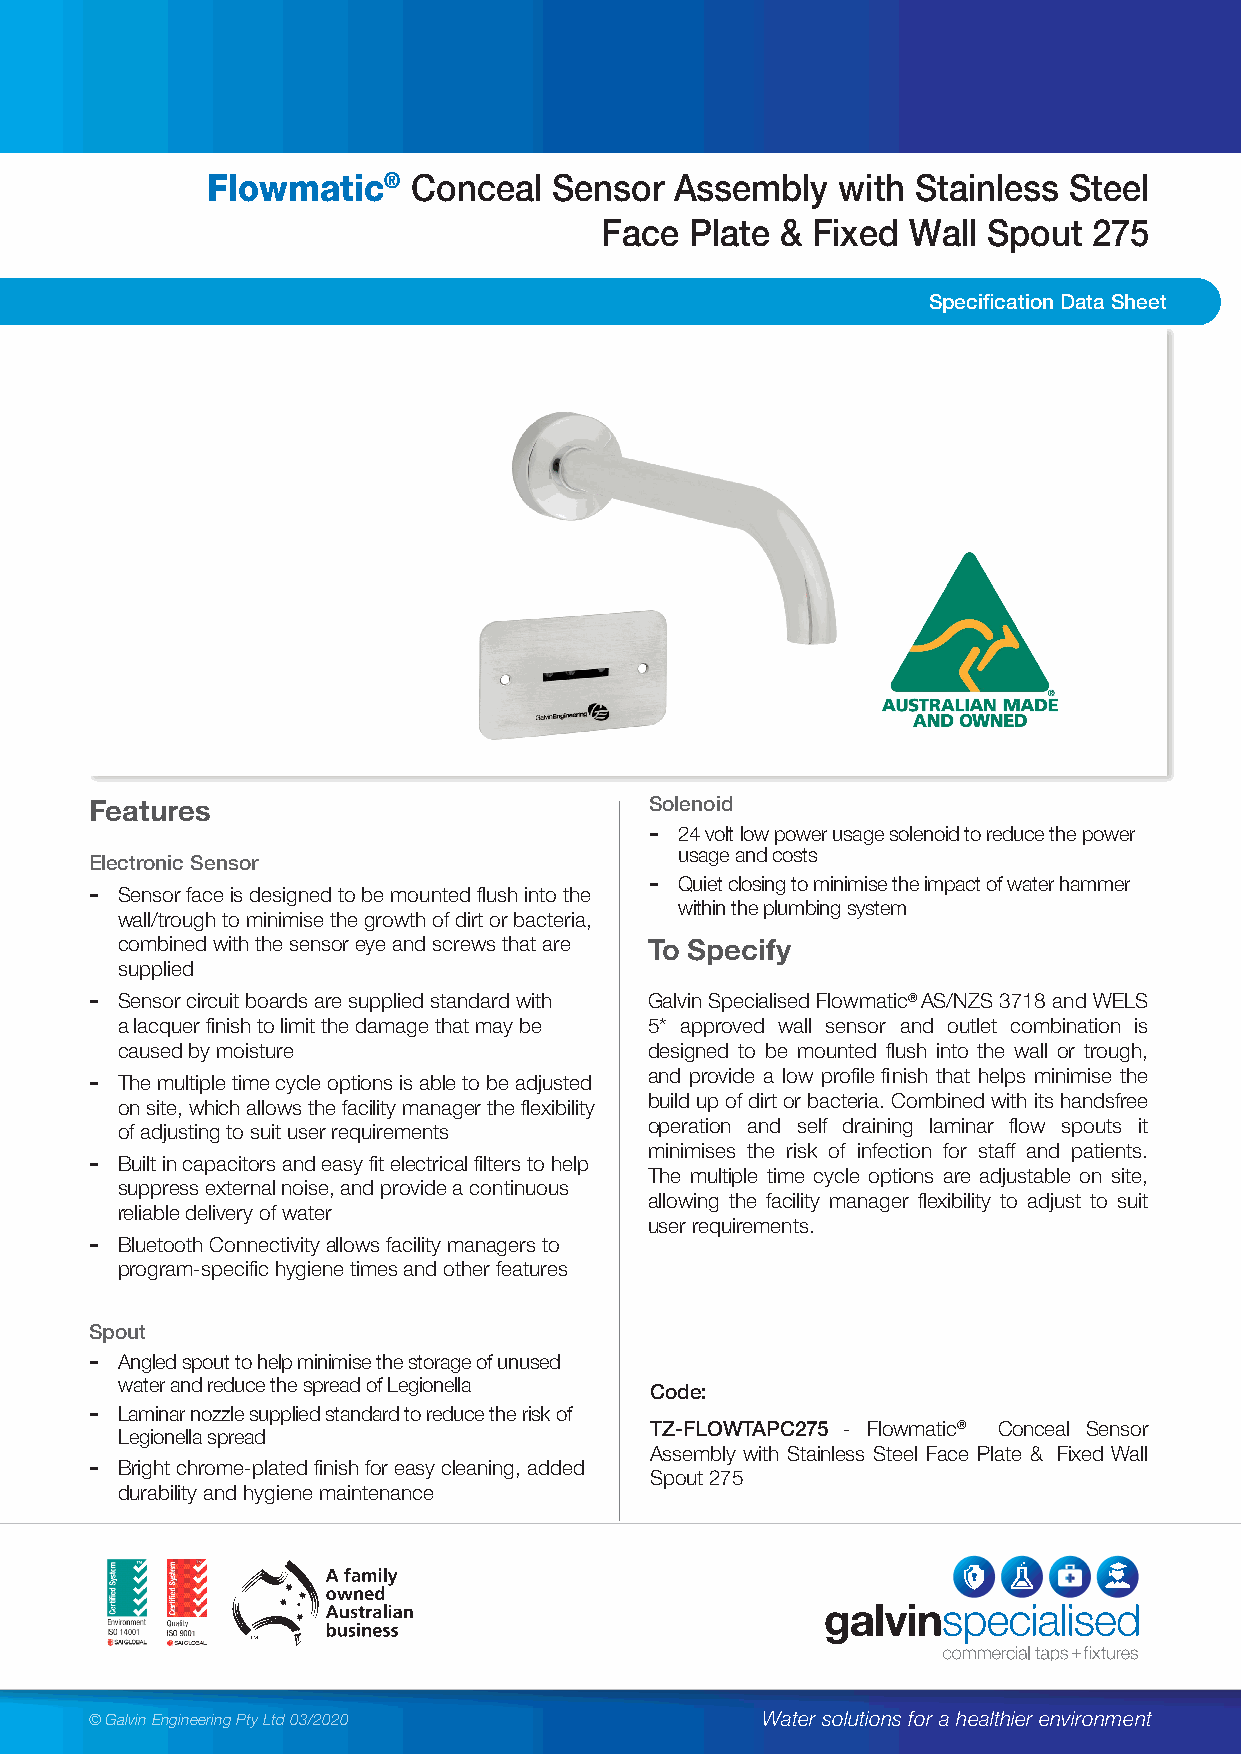
Flowmatic®   Conceal   Sensor  Assembly  with  Stainless Steel
 Face  Plate & Fixed Wall Spout  275
 Specification Data Sheet
 Features                             Solenoid
 - 24 volt low power usage solenoid to reduce the power
 usage and costs
 Electronic Sensor
 - Quiet closing to minimise the impact of water hammer
 - Sensor face is designed to be mounted flush into the
 within the plumbing system
 wall/trough to minimise the growth of dirt or bacteria,
 combined with the sensor eye and screws that are To Specify
 supplied
 - Sensor circuit boards are supplied standard with Galvin Specialised Flowmatic® AS/NZS 3718 and WELS
 a lacquer finish to limit the damage that may be 5* approved wall sensor and outlet combination is
 caused by moisture                 designed to be mounted flush into the wall or trough,
 and provide a low profile finish that helps minimise the
 - The multiple time cycle options is able to be adjusted
 on site, which allows the facility manager the flexibility build up of dirt or bacteria. Combined with its handsfree
 of adjusting to suit user requirements operation and self draining laminar flow spouts it
 minimises the risk of infection for staff and patients.
 - Built in capacitors and easy fit electrical filters to help
 The multiple time cycle options are adjustable on site,
 suppress external noise, and provide a continuous
 allowing the facility manager flexibility to adjust to suit
 reliable delivery of water
 user requirements.
 - Bluetooth Connectivity allows facility managers to
 program-specific hygiene times and other features
 Spout
 - Angled spout to help minimise the storage of unused
 water and reduce the spread of Legionella
 Code:
 - Laminar nozzle supplied standard to reduce the risk of
 TZ-FLOWTAPC275 - Flowmatic® Conceal Sensor
 Legionella spread
 Assembly with Stainless Steel Face Plate & Fixed Wall
 - Bright chrome-plated finish for easy cleaning, added
 Spout 275
 durability and hygiene maintenance
 © Galvin Engineering Pty Ltd 03/2020        Water solutions for a healthier environment